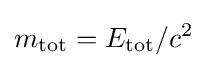
m_{\mathrm {tot} }=E_{\mathrm {tot} }/c^{2}